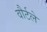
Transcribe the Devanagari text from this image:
वौर्टले